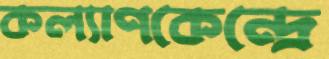
কল্যাণকেন্দ্রে